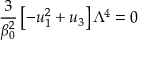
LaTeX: \frac { 3 } { \beta _ { 0 } ^ { 2 } } \left[ - u _ { 1 } ^ { 2 } + u _ { 3 } \right] \Lambda ^ { 4 } = 0